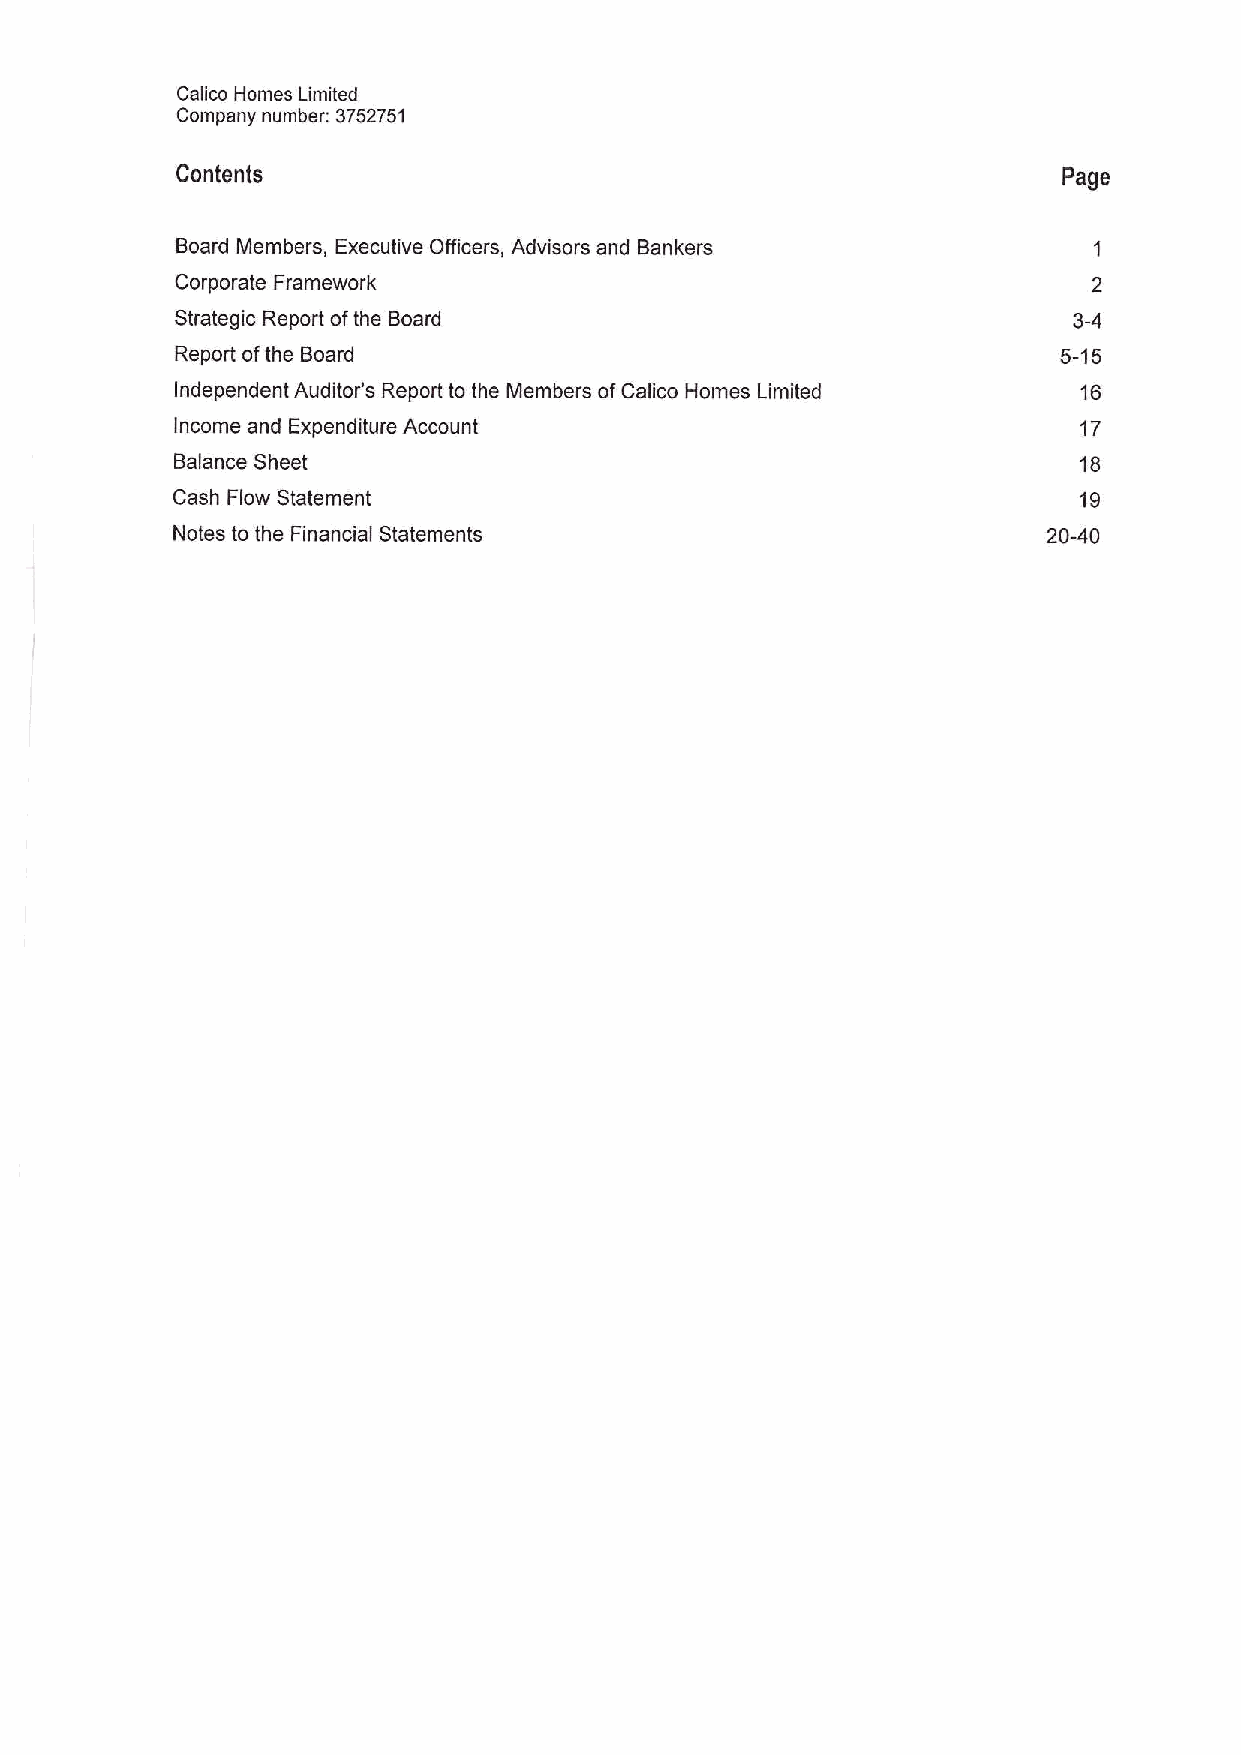
Calico Homes Limited
 Company number: 3752751
 Contents                                                  Page
 Board Members, Executive Officers, Advisors and Bankers
 Corporate Framework
 Strategic Report ofthe Board                               3-4
 Report ofthe Board                                        5-15
 Independent Auditor's Report to the Members ofCalico Homes Limited 16
 Income and Expenditure Account                              17
 Balance Sheet                                              18
 Cash Flow Statement                                         19
 Notes to the Financial Statements                         20-40